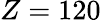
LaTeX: Z=120